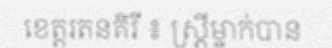
ខេត្តរតនគិរី ៖ ស្ត្រីម្នាក់បាន